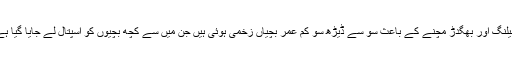
شیلنگ اور بھگدڑ مچنے کے باعث سو سے ڈیڑھ سو کم عمر بچیاں زخمی ہوئی ہیں جن میں سے کچھ بچیوں کو اسپتال لے جایا گیا ہے۔